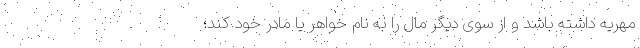
مهریه داشته باشد و از سوی دیگر مال را به نام خواهر یا مادر خود کند؛